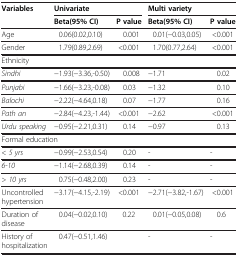
<table><thead><tr><td><b>Variables</b></td><td><b>Univariate</b></td><td><b> </b></td><td><b>Multi variety</b></td><td><b> </b></td></tr><tr><td><b> </b></td><td><b>Beta(95%CI)</b></td><td><b>P value</b></td><td><b>Beta(95%CI)</b></td><td><b>P value</b></td></tr></thead><tbody><tr><td>Age</td><td>0.06(0.02,0.10)</td><td>0.001</td><td>0.01(−0.03,0.05)</td><td>&lt;0.001</td></tr><tr><td>Gender</td><td>1.79(0.89,2.69)</td><td>&lt;0.001</td><td>1.70(0.77,2.64)</td><td>&lt;0.001</td></tr><tr><td colspan="5">Ethnicity</td></tr><tr><td><i>Sindhi</i></td><td>−1.93(−3.36,-0.50)</td><td>0.008</td><td>−1.71</td><td>0.02</td></tr><tr><td><i>Punjabi</i></td><td>−1.66(−3.23,-0.08)</td><td>0.03</td><td>−1.32</td><td>0.10</td></tr><tr><td><i>Balochi</i></td><td>−2.22(−4.64,0.18)</td><td>0.07</td><td>−1.77</td><td>0.16</td></tr><tr><td><i>Path an</i></td><td>−2.84(−4.23,-1.44)</td><td>&lt;0.001</td><td>−2.62</td><td>&lt;0.001</td></tr><tr><td><i>Urdu speaking</i></td><td>−0.95(−2.21,0.31)</td><td>0.14</td><td>−0.97</td><td>0.13</td></tr><tr><td colspan="5">Formal education</td></tr><tr><td>&lt;<i>5 yrs</i></td><td>−0.99(−2.53,0.54)</td><td>0.20</td><td>-</td><td>-</td></tr><tr><td><i>6</i>-<i>10</i></td><td>−1.14(−2.68,0.39)</td><td>0.14</td><td>-</td><td>-</td></tr><tr><td>&gt;<i>10 yrs</i></td><td>0.75(−0.48,2.00)</td><td>0.23</td><td>-</td><td>-</td></tr><tr><td>Uncontrolled hypertension</td><td>−3.17(−4.15,-2.19)</td><td>&lt;0.001</td><td>−2.71(−3.82,-1.67)</td><td>&lt;0.001</td></tr><tr><td>Duration of disease</td><td>0.04(−0.02,0.10)</td><td>0.22</td><td>0.01(−0.05,0.08)</td><td>0.6</td></tr><tr><td>History of hospitalization</td><td>0.47(−0.51,1.46)</td><td> </td><td>-</td><td>-</td></tr></tbody></table>